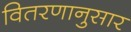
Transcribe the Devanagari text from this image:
वितरणानुसार